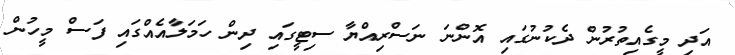
އަދި މީގެއިތުރުން ދެކުނުގައި އޮންނަ ނަސްރިއްޔާ ސިޓީގައި ދިން ހަމަލާއެއްގައި ފަސް މީހުން